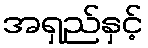
အရှည်နှင့်